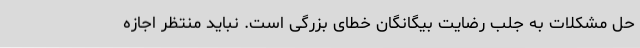
حل مشکلات به جلب رضایت بیگانگان خطای بزرگی است. نباید منتظر اجازه